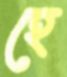
হে